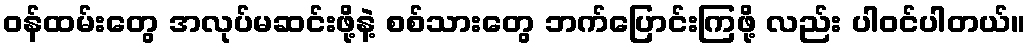
ဝန်ထမ်းတွေ အလုပ်မဆင်းဖို့နဲ့ စစ်သားတွေ ဘက်ပြောင်းကြဖို့ လည်း ပါဝင်ပါတယ်။